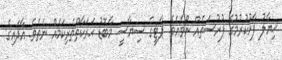
ޚިޔާލު ފާޅުކުރުމުގެ ފުރުސަތެއް ނޯވެއެވެ. ޕާޓީގެ ސިޔާސީ މާބޮޑު ޙަރަކާތްތެރިކަމެއް ނެތެވެ. އާދައިގެ